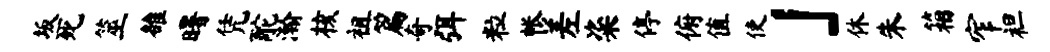
坂死筮雒曙凭酡瀚核祖篇奇弭粒帐差粢停俯值使」休朱箱窄袒